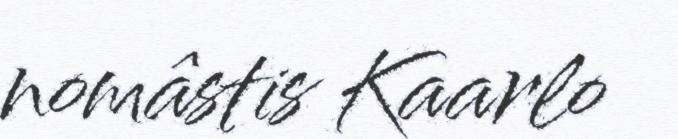
nomâstis Kaarlo